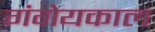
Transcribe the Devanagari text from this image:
गंगेयकाल